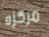
مركزه